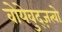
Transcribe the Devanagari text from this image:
वोयेवुद्ज़त्वो